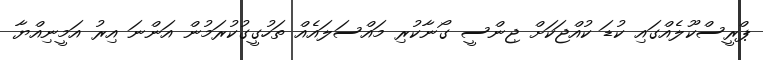
ޕްރީސްކޫލެއްގައި ކުޑަ ކުއްޖަކަށް ޖިންސީ ގޯނާކުރި މައްސަލައެއް ތަހުގީގުކުރަމުން އަންނަ އިރު އަމީނިއްޔާ